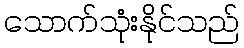
သောက်သုံးနိုင်သည်